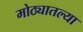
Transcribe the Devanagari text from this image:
मोठ्यातल्या